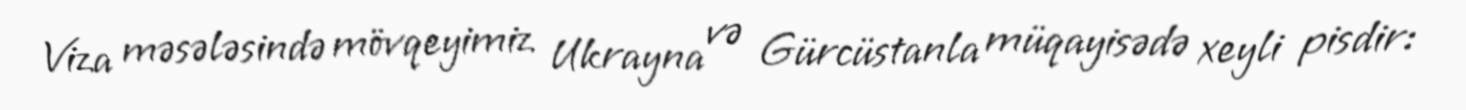
Viza məsələsində mövqeyimiz Ukrayna və Gürcüstanla müqayisədə xeyli pisdir: